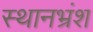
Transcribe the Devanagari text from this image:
स्थानभ्रंश